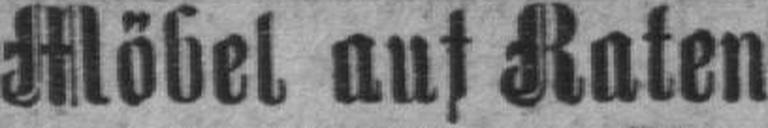
Möbel, auf Raten